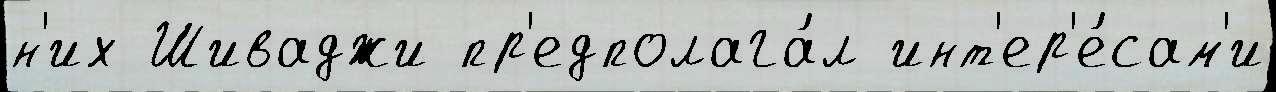
н'их Шиваджи пр'едполага́л инт'ер'е́сам'и